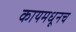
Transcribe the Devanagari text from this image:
कायमधूनच